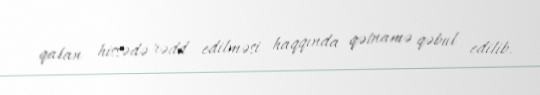
qalan hissədə rədd edilməsi haqqında qətnamə qəbul edilib.